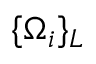
\{ \Omega _ { i } \} _ { \cal L }